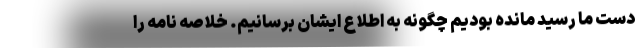
دست ما رسید مانده بودیم چگونه به اطلاع ایشان برسانیم. خلاصه نامه را